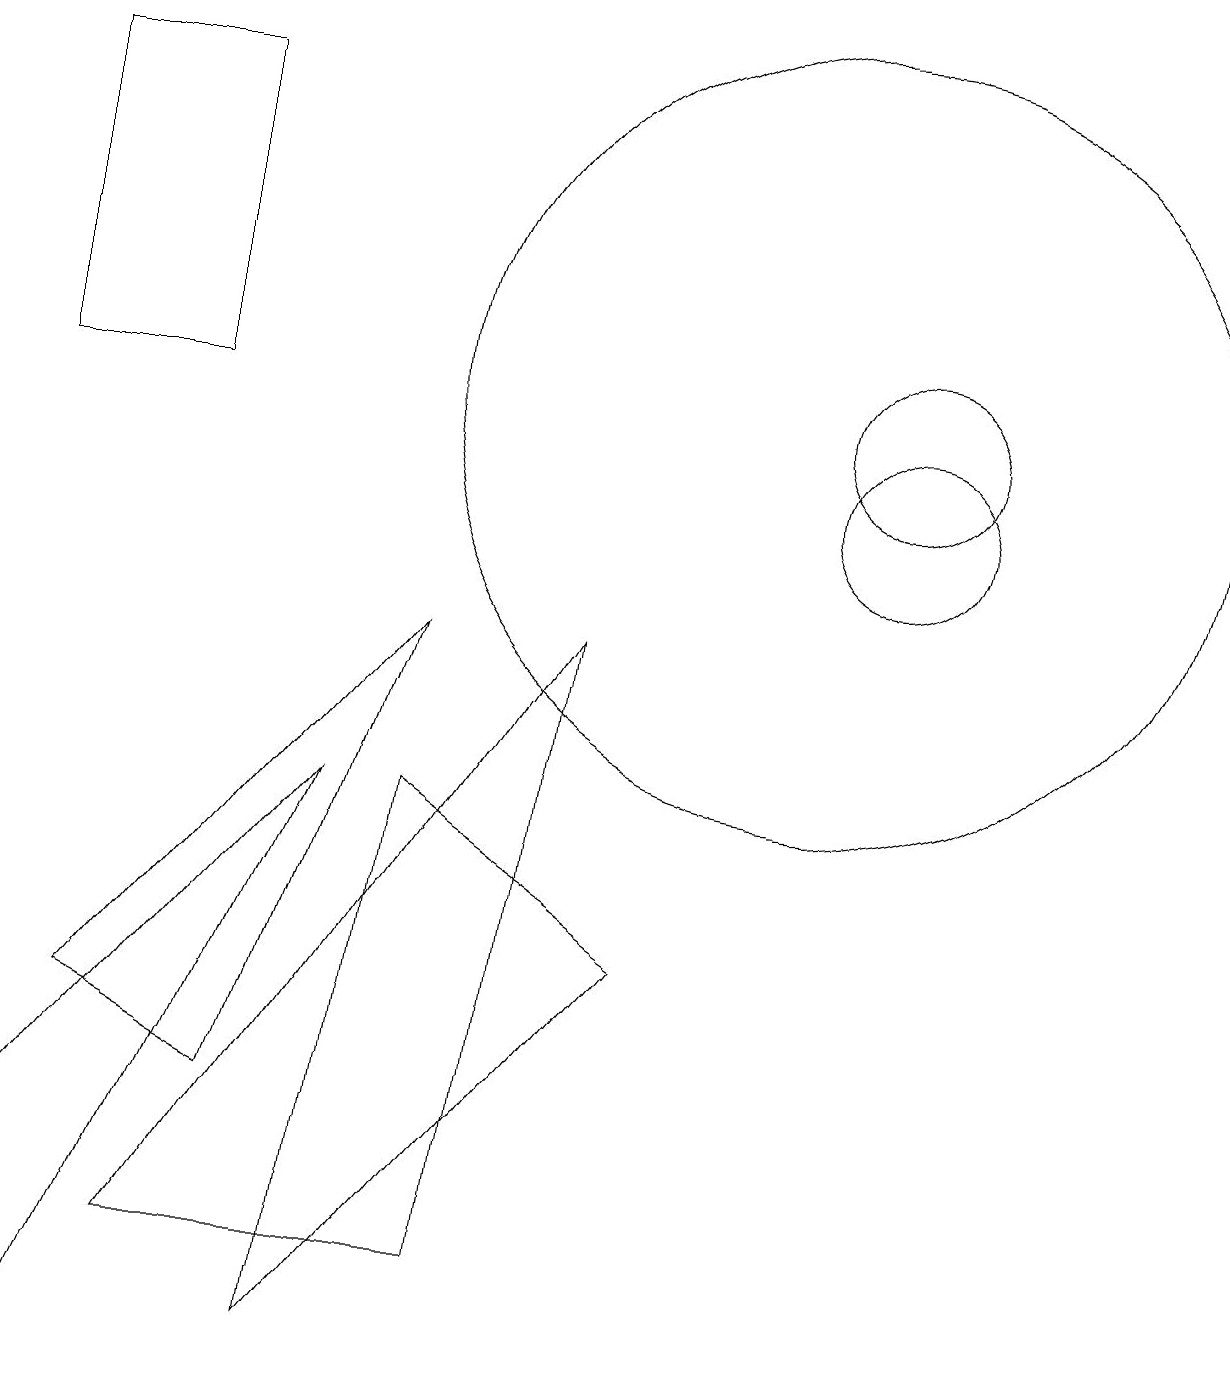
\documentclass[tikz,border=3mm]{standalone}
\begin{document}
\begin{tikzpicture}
\draw (6,1) -- (7,9) -- (2,1) -- cycle;
\draw (11,12) circle (1);
\draw (1,4) -- (5,9) -- (3,3) -- cycle;
\draw (4,7) -- (0,2) -- (1,0) -- cycle;
\draw (11,11) circle (1);
\draw (0,12) rectangle (2,16);
\draw (4,0) -- (8,5) -- (5,7) -- cycle;
\draw (10,12) circle (5);
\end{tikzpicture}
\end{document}